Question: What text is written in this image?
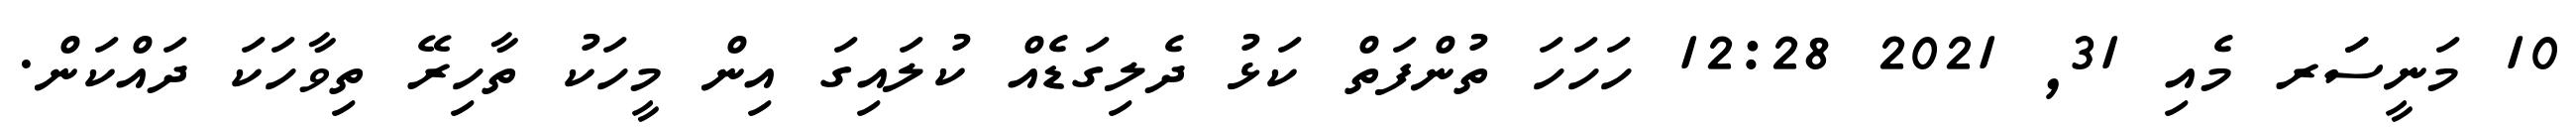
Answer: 10 މަނީސަަރ މެއި 31, 2021 12:28 ހަހަހަ ތުންފަތް ކަޅު ދެލިގަޑެއް ކުލައިގަ އިން މީހަކު ތާހިރޭ ތިވާހަކަ ދައްކަން.